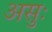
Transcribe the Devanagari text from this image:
असुः